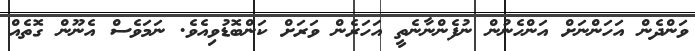
ވަންދެން އަހަންނަށް އަންހެނުން ނުފެންނާނެތީ އަހަރެން ވަރަށް ކަންބޮޑުވިއެވެ. ނަމަވެސް އެނޫން ގޮތެއް